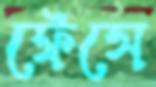
ফেঁসে